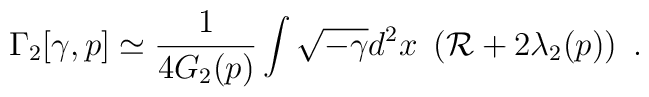
\Gamma_2[\gamma,p]\simeq{1 \over 4G_2(p)} \int\sqrt{-\gamma} d^2x~\left({\cal R}+2\lambda_2(p)\right)~.